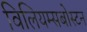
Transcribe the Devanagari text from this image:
विलियम्सबोस्टन